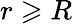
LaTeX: r\geqslant R